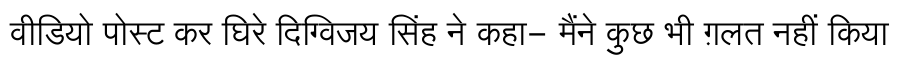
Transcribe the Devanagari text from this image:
वीडियो पोस्ट कर घिरे दिग्विजय सिंह ने कहा- मैंने कुछ भी ग़लत नहीं किया